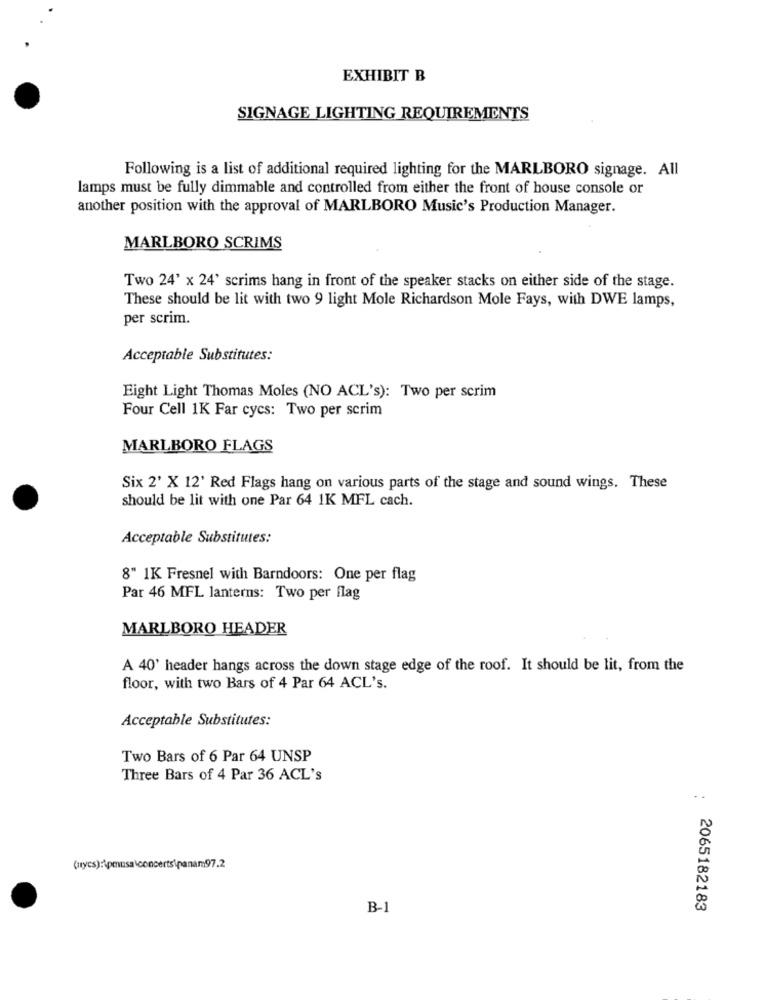
EXHIBIT B
SIGNAGE LIGHTING REQUIREMENTS
Following is a list of additional required lighting for the MARLBORO signage. All
lamps must be fully dimmable and controlled from either the front of house console or
another position with the approval of MARLBORO Music's Production Manager.
MARLBORO SCRIMS
Two 24' x 24' scrims hang in front of the speaker stacks on either side of the stage.
These should be lit with two 9 light Mole Richardson Mole Fays, with DWE lamps,
per scrim.
Acceptable Substitutes:
Eight Light Thomas Moles (NO ACL's): Two per scrim
Four Cell 1K Far cycs: Two per scrim
MARLBORO FLAGS
Six 2' X 12' Red Flags hang on various parts of the stage and sound wings. These
should be lit with one Par 64 IK MFL cach.
Acceptable Substitutes:
8" 1K Fresnel with Barndoors: One per flag
Par 46 MFL lanterns: Two per flag
MARLBORO HEADER
A 40' header hangs across the down stage edge of the roof. It should be lit, from the
floor, with two Bars of 4 Par 64 ACL's.
Acceptable Substitutes:
Two Bars of 6 Par 64 UNSP
Three Bars of 4 Par 36 ACL's
(nycs):\pmusa\concerts\panam97.2
B-1
: 2065182183